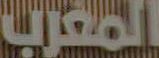
المغرب